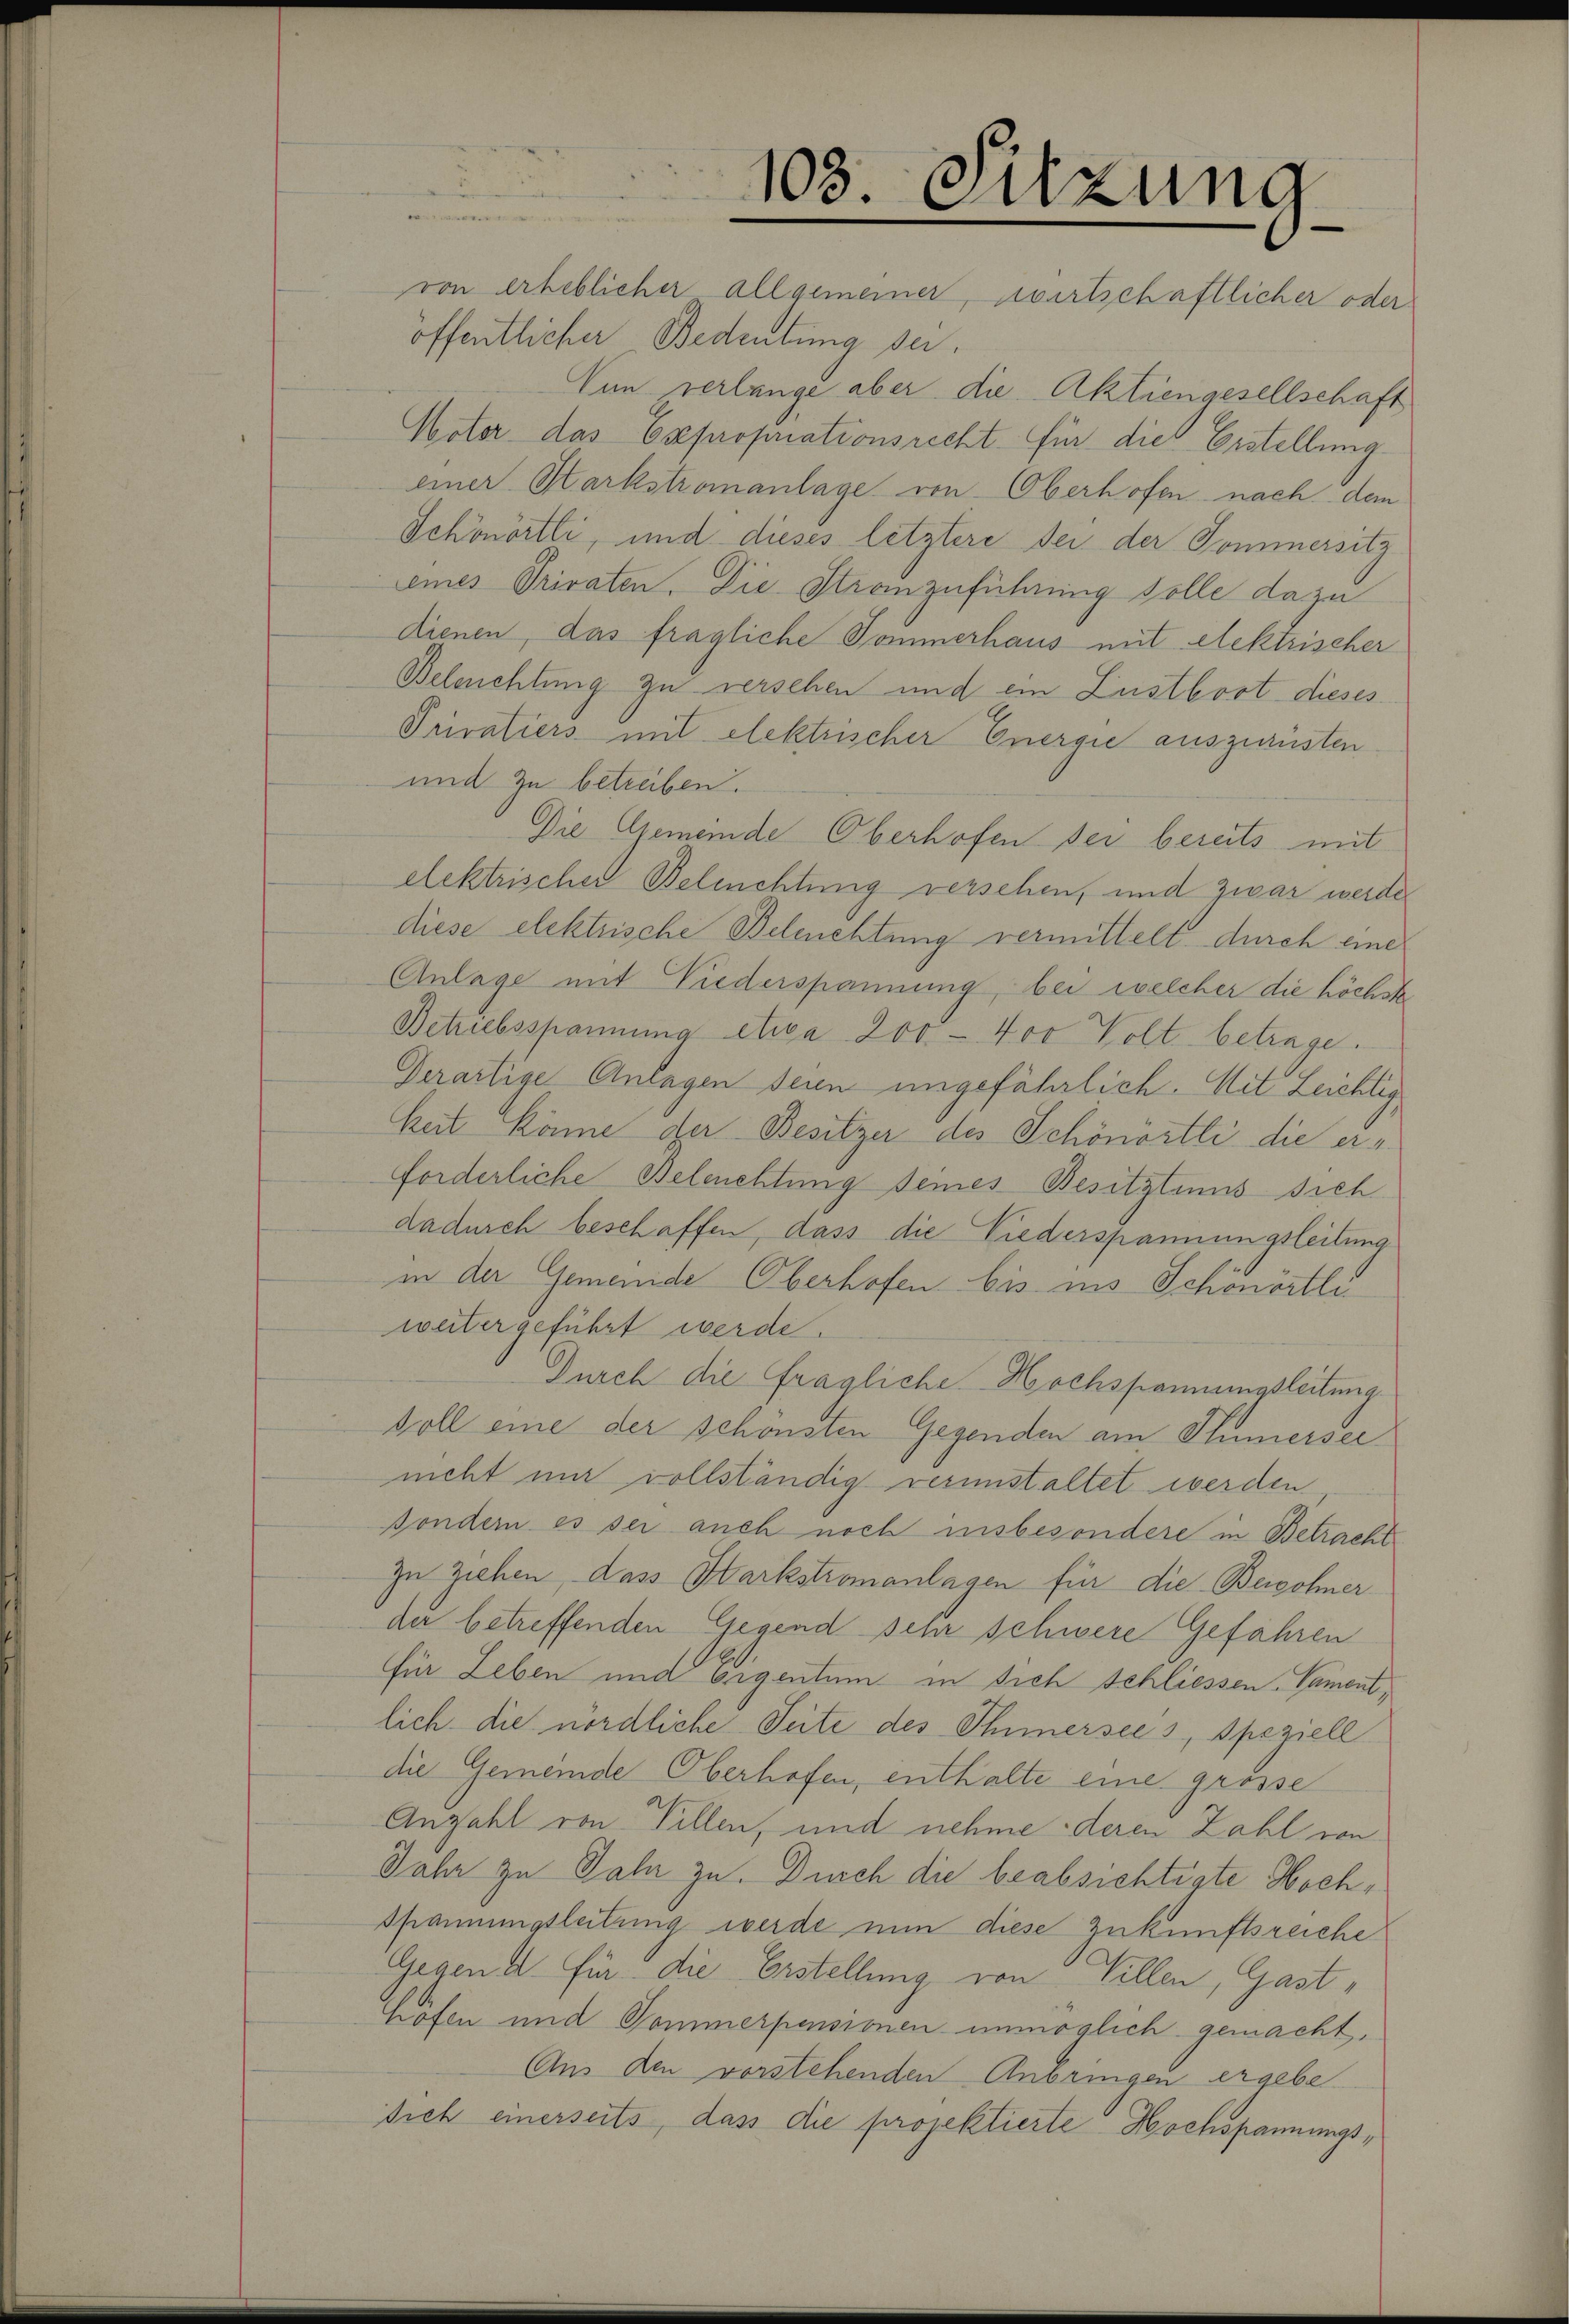
103. Sitzung
von erheblicher allgemeiner, wirtschaftlicher oder

öffentlicher Bedeutung sei.
Vun verlange aber die Aktiengesellschaft
Noter das Expropriationsrecht für die Erstellung
einer Harkstromanlage von Oberhofen nach dem
Schönörtli, und dieses letztere der der Sommersitz
eines Privaten. Die Stranzuführung solle dazu
dienen, das fragliche Kommerhaus mit elektrischer
Beleuchtung zu verschen und ein Lustboot dieses
Puratiers mit elektrischer Energie auszurüsten.
und zu betreiben.
Die Gemeinde Oberhofen sei bereits mit
elektrischer Beleuchtung versehen, und zwar werde
diese elektrische Beleuchtung vermittelt, durch eine
Anlage mit Niederspannung, bei welcher die höchste
Betriebsspannung etwa 200 - 400 Volt betrage.
Gerartige Anlagen seien ungefährlich. Mit Leichtig
keit könne der Besitzer des Schönörtli die er-
forderliche Beleuchtung seines Besitztens sich
dadurch beschaffen, dass die Niederspannungsleitung
in der Gemeinde Oberhofen bis ins Schenörtli
weiter geführt werde.
Durch die fragliche Hochspannungsleitung.
voll eine der schönsten Gegenden am Thunersei
nicht mir vollständig verunstaltet werden
Bondern es sei auch noch insbesondere in Betracht
zu ziehen, das Harkstromanlagen für die Bewohner
der betreffenden Gegend sehr schwere Gefahren
ffür Leben und Eigentum in sich schliessen. Nament,
lich die nördliche Seite des Schmersees, Speziell
die Gemeinde Oberhofen, enthalte eine grosse
Anzahl von Villen, und nehme deren Zahl von
Jahr zu Jahr zu. Durch die beabsichtigte Hoch¬
Spannungsleitung werde nun diese Zukunftsreiche
Gegend für die Erstellung von Willen, Gasthofen und Gommerpensionen unmöglich gemacht,
Aus den vorstehenden Anbringen ergebe
sich einerseits, dass die projektierte Hochspannungs¬